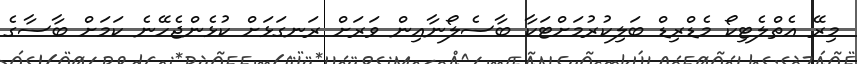
މިރޭ އެތްލެޓިކޯ މެޑްރިޑް ބަލިކުރުމަށްޓަކާ ބާސެލޯނާއިން ވަރަށް ރަނގަޅަށް ކުޅެންޖެހޭނެ ކަމަށް ބާސާގެ